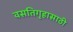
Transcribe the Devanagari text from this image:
वसतिगृहासाठी